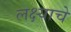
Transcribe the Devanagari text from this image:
लक्ष्याचे